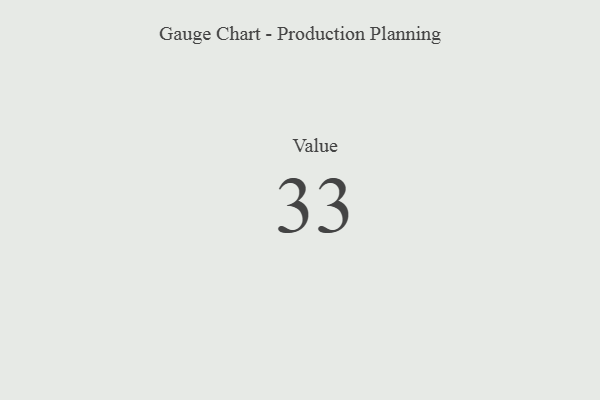
{"axis": {"x": "Metric", "y": "Value"}, "legend": [""], "data": [{"x": "Value", "y": 33, "type": ""}]}